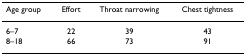
<table><thead><tr><td><b>Age group</b></td><td><b>Effort</b></td><td><b>Throat narrowing</b></td><td><b>Chest tightness</b></td></tr></thead><tbody><tr><td>6–7</td><td>22</td><td>39</td><td>43</td></tr><tr><td>8–18</td><td>66</td><td>73</td><td>91</td></tr></tbody></table>